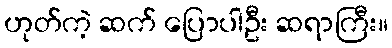
ဟုတ်ကဲ့ ဆက် ပြောပါဦး ဆရာကြီး။